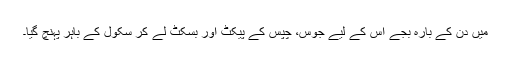
مَیں دن کے بارہ بجے اس کے لیے جوس، چپس کے پیکٹ اور بسکٹ لے کر سکول کے باہر پہنچ گیا۔